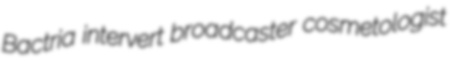
Bactria intervert broadcaster cosmetologist